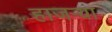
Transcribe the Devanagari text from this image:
हाजर्‍या